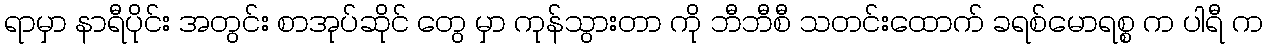
ရာမှာ နာရီပိုင်း အတွင်း စာအုပ်ဆိုင် တွေ မှာ ကုန်သွားတာ ကို ဘီဘီစီ သတင်းထောက် ခရစ်မောရစ္စ က ပါရီ က